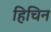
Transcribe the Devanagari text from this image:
हिचिन